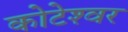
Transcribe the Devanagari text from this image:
कोटेश्‍वर